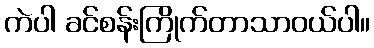
ကဲပါ ခင်စန်းကြိုက်တာသာဝယ်ပါ။